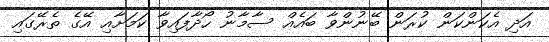
އަދި އެކަންކަން ކުރަން ބޭނުންވާ ބައެއް ސާމާނު ހޯދާފައިވާ ކަަމަށާއި އޭގެ ތެރޭގައި